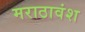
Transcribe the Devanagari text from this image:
मराठावंश